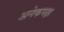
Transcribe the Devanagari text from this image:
अनेकपक्ष